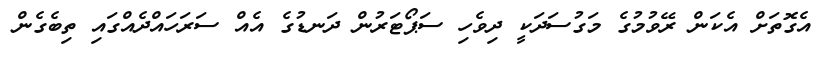
އެގޮތަށް އެކަން ރޭވުމުގެ މަގުސަދަކީ ދިވެހި ސަޕޯޓަރުން ދަނޑުގެ އެއް ސަރަހައްދެއްގައި ތިބެގެން